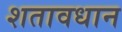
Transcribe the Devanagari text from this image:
शतावधान